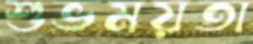
শুভময়তা